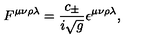
F ^ { \mu \nu \rho \lambda } = \frac { c _ { \pm } } { i \sqrt { g } } \epsilon ^ { \mu \nu \rho \lambda } ,